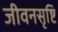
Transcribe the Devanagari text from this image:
जीवनसृष्टि